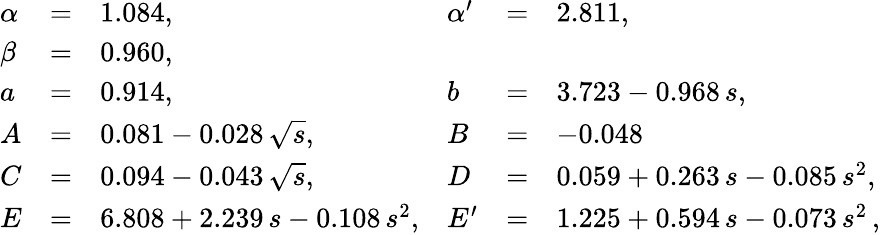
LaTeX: \begin{array}{lcllcl}{{\alpha}}&{{=}}&{{1.084,}}&{{\alpha^{\prime}}}&{{=}}&{{2.811,}}\\ {{\beta}}&{{=}}&{{0.960,}}&{{}}&{{}}&{{}}\\ {{a}}&{{=}}&{{0.914,}}&{{b}}&{{=}}&{{3.723-0.968\, s,}}\\ {{A}}&{{=}}&{{0.081-0.028\, \sqrt{s},}}&{{B}}&{{=}}&{{-0.048}}\\ {{C}}&{{=}}&{{0.094-0.043\, \sqrt{s},}}&{{D}}&{{=}}&{{0.059+0.263\, s-0.085\, s^{2},}}\\ {{E}}&{{=}}&{{6.808+2.239\, s-0.108\, s^{2},}}&{{E^{\prime}}}&{{=}}&{{1.225+0.594\, s-0.073\, s^{2}\, ,}}\end{array}